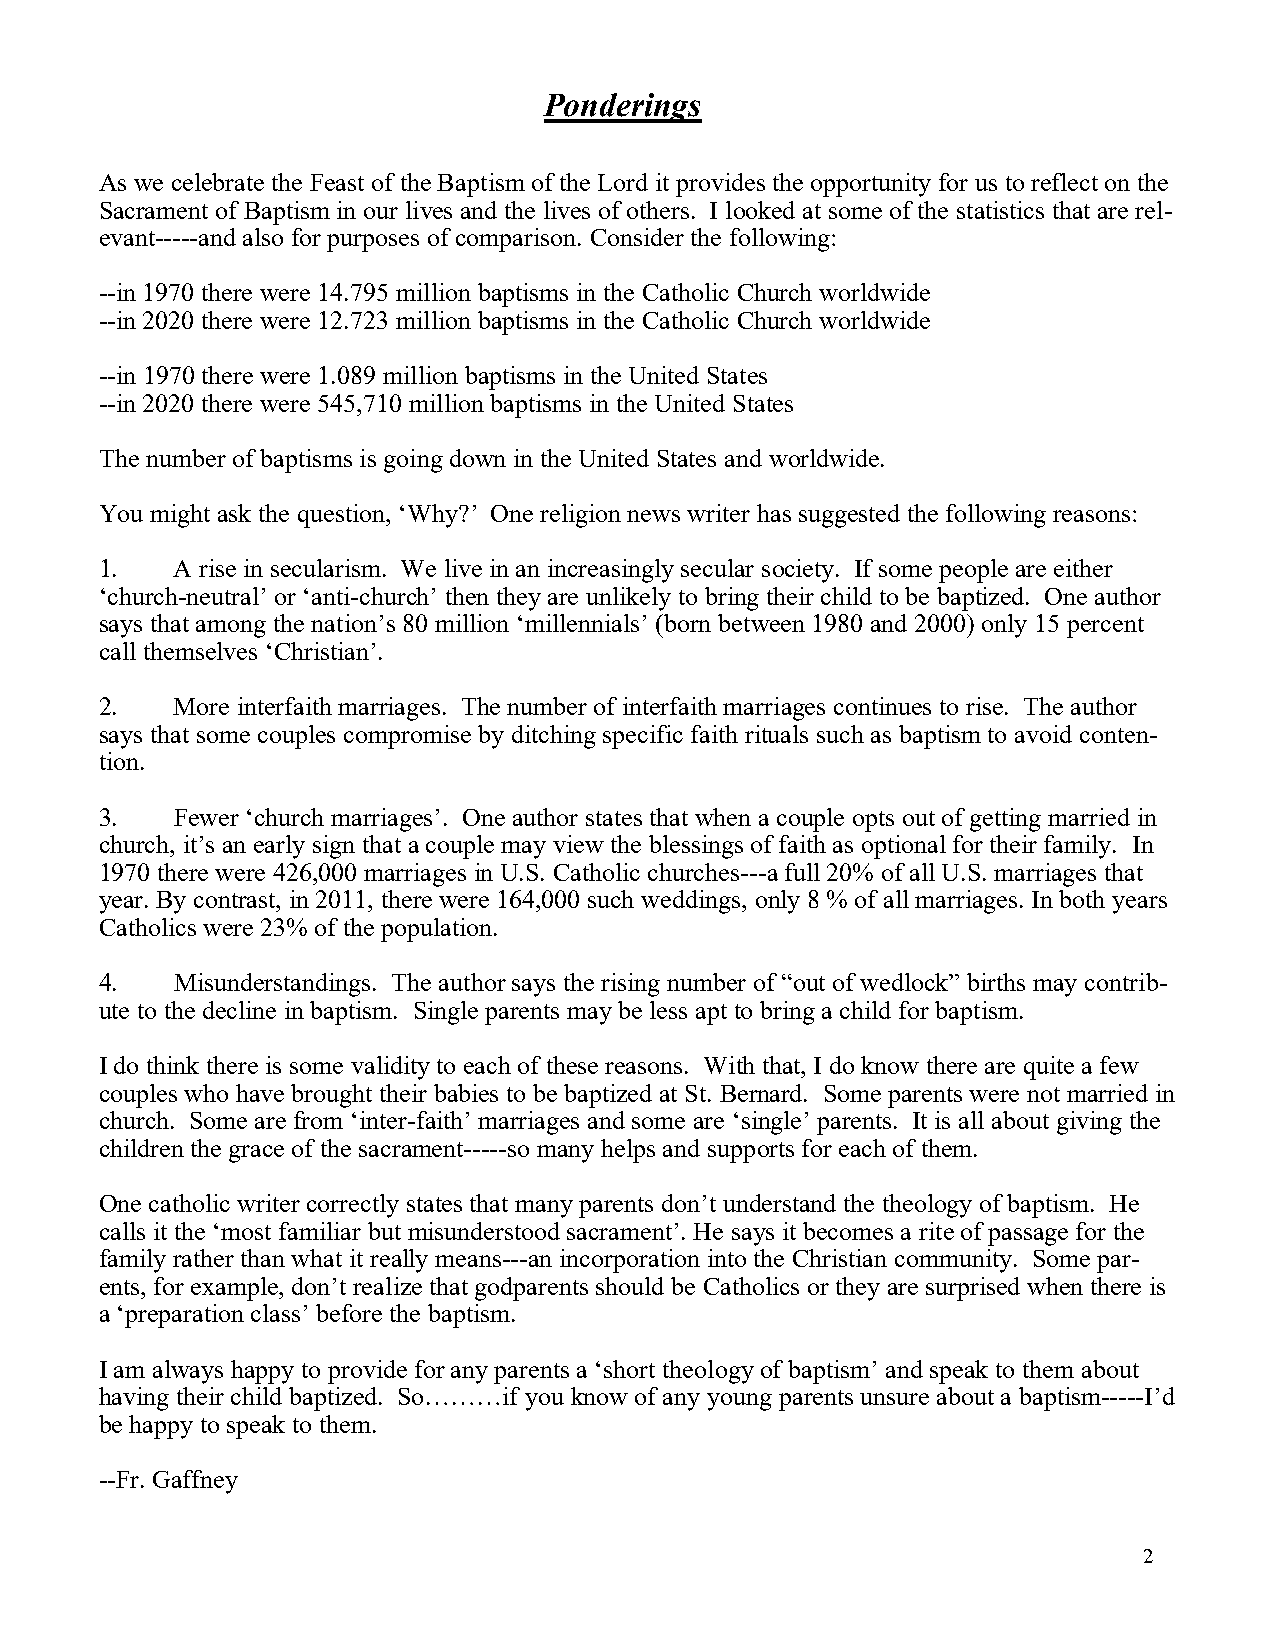
Ponderings
 As we celebrate the Feast of the Baptism of the Lord it provides the opportunity for us to reflect on the
 Sacrament of Baptism in our lives and the lives of others. I looked at some of the statistics that are rel-
 evant-----and also for purposes of comparison. Consider the following:
 --in 1970 there were 14.795 million baptisms in the Catholic Church worldwide
 --in 2020 there were 12.723 million baptisms in the Catholic Church worldwide
 --in 1970 there were 1.089 million baptisms in the United States
 --in 2020 there were 545,710 million baptisms in the United States
 The number of baptisms is going down in the United States and worldwide.
 You might ask the question, ‘Why?’ One religion news writer has suggested the following reasons:
 1.   A rise in secularism. We live in an increasingly secular society. If some people are either
 ‘church-neutral’ or ‘anti-church’ then they are unlikely to bring their child to be baptized. One author
 says that among the nation’s 80 million ‘millennials’ (born between 1980 and 2000) only 15 percent
 call themselves ‘Christian’.
 2.   More interfaith marriages. The number of interfaith marriages continues to rise. The author
 says that some couples compromise by ditching specific faith rituals such as baptism to avoid conten-
 tion.
 3.   Fewer ‘church marriages’. One author states that when a couple opts out of getting married in
 church, it’s an early sign that a couple may view the blessings of faith as optional for their family. In
 1970 there were 426,000 marriages in U.S. Catholic churches---a full 20% of all U.S. marriages that
 year. By contrast, in 2011, there were 164,000 such weddings, only 8 % of all marriages. In both years
 Catholics were 23% of the population.
 4.   Misunderstandings. The author says the rising number of “out of wedlock” births may contrib-
 ute to the decline in baptism. Single parents may be less apt to bring a child for baptism.
 I do think there is some validity to each of these reasons. With that, I do know there are quite a few
 couples who have brought their babies to be baptized at St. Bernard. Some parents were not married in
 church. Some are from ‘inter-faith’ marriages and some are ‘single’ parents. It is all about giving the
 children the grace of the sacrament-----so many helps and supports for each of them.
 One catholic writer correctly states that many parents don’t understand the theology of baptism. He
 calls it the ‘most familiar but misunderstood sacrament’. He says it becomes a rite of passage for the
 family rather than what it really means---an incorporation into the Christian community. Some par-
 ents, for example, don’t realize that godparents should be Catholics or they are surprised when there is
 a ‘preparation class’ before the baptism.
 I am always happy to provide for any parents a ‘short theology of baptism’ and speak to them about
 having their child baptized. So………if you know of any young parents unsure about a baptism-----I’d
 be happy to speak to them.
 --Fr. Gaffney
 2